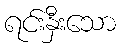
ရင်းနှီးသော